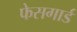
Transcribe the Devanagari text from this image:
फेसगार्ड